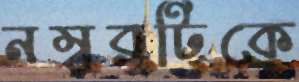
নম্বরটিকে